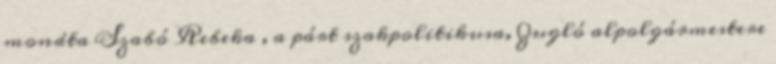
mondta Szabó Rebeka , a párt szakpolitikusa, Zugló alpolgármestere